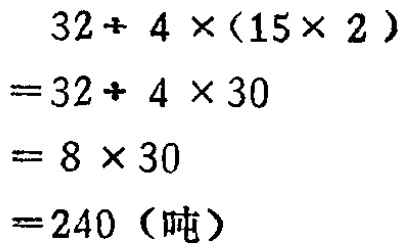
\[
\begin{align*}
&32 + 4\times(15\times 2)\\
=&32 + 4\times30\\
=&8\times30\\
=&240 \text{（吨）}
\end{align*}
\]